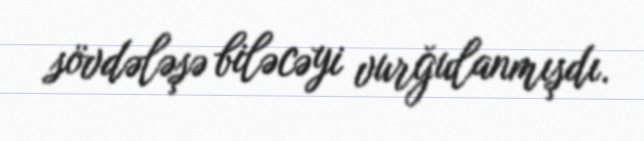
sövdələşə biləcəyi vurğulanmışdı.